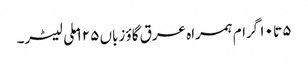
۵ تا ۱۰ گرام ہمراہ عرق گاؤ زباں ۱۲۵ ملی لیٹر۔